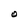
Character: O